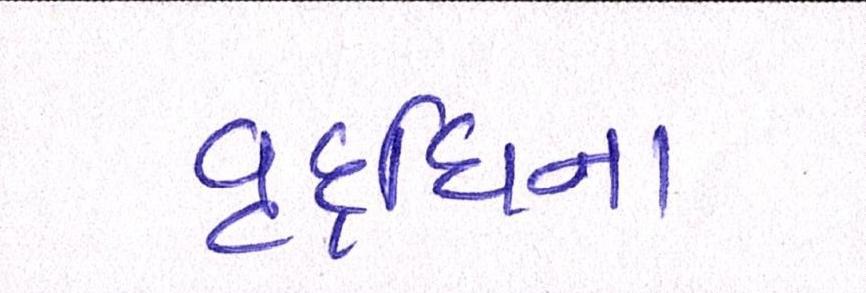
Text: વૃદ્ધિના